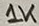
Text: 1K